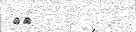
٤٨